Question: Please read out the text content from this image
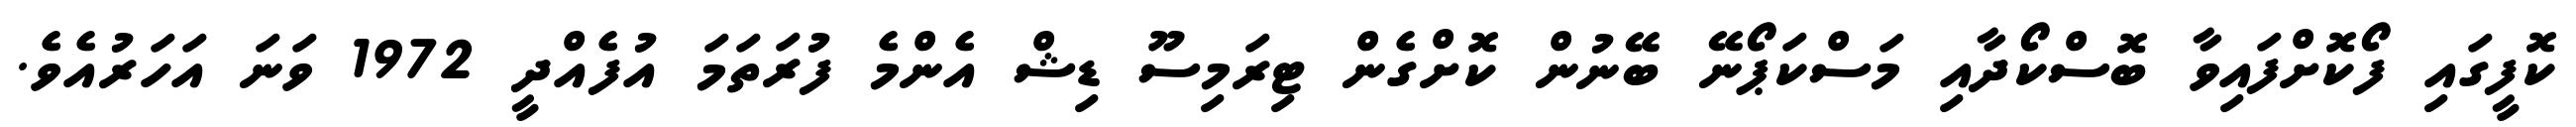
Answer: ކޮފީގައި ފޯކޮށްފައިވާ ބޮސްކޯދާއި މަސްކަޕޯނޭ ބޭނުން ކޮށްގެން ޓިރަމިސޫ ޑިޝް އެންމެ ފުރަތަމަ އުފެއްދީ 1972 ވަނަ އަހަރުއެވެ.